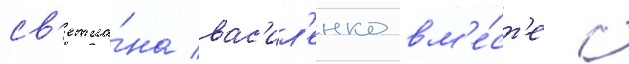
св'етла́на вас'ил'енко вм'е́ст'е с